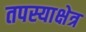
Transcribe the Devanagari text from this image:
तपस्याक्षेत्र